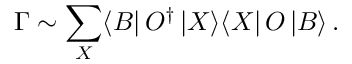
\Gamma \sim \sum _ { X } \langle B | \, { \cal O } ^ { \dagger } \, | X \rangle \langle X | \, { \cal O } \, | B \rangle \, .